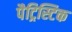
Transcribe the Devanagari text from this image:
पैट्रिस्टिक